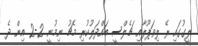
ލީގުގައި ރޭ ލިވަޕޫލާއި ޗެލްސީ ބައްދަލުކުރި މެޗު ނިމުނީ 2-2 އިން ދެ